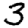
Digit: 3